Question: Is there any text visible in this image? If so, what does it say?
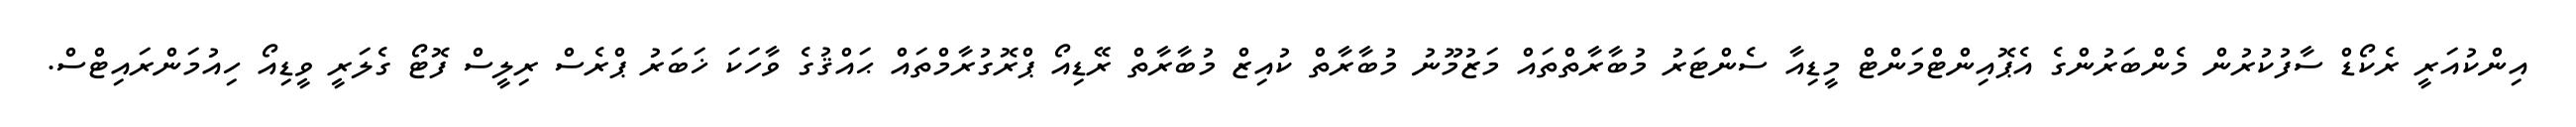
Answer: އިންކުއަރީ ރެކޯޑް ސާފުކުރުން މެންބަރުންގެ އެޕޮއިންޓްމަންޓް މީޑިއާ ސެންޓަރު މުބާރާތްތައް މަޒުމޫނު މުބާރާތް ކުއިޒް މުބާރާތް ރޭޑިއޯ ޕްރޮގުރާމްތައް ޙައްޤުގެ ވާހަކަ ޚަބަރު ޕްރެސް ރިލީސް ފޮޓޯ ގެލަރީ ވީޑިއޯ ހިއުމަންރައިޓްސް.